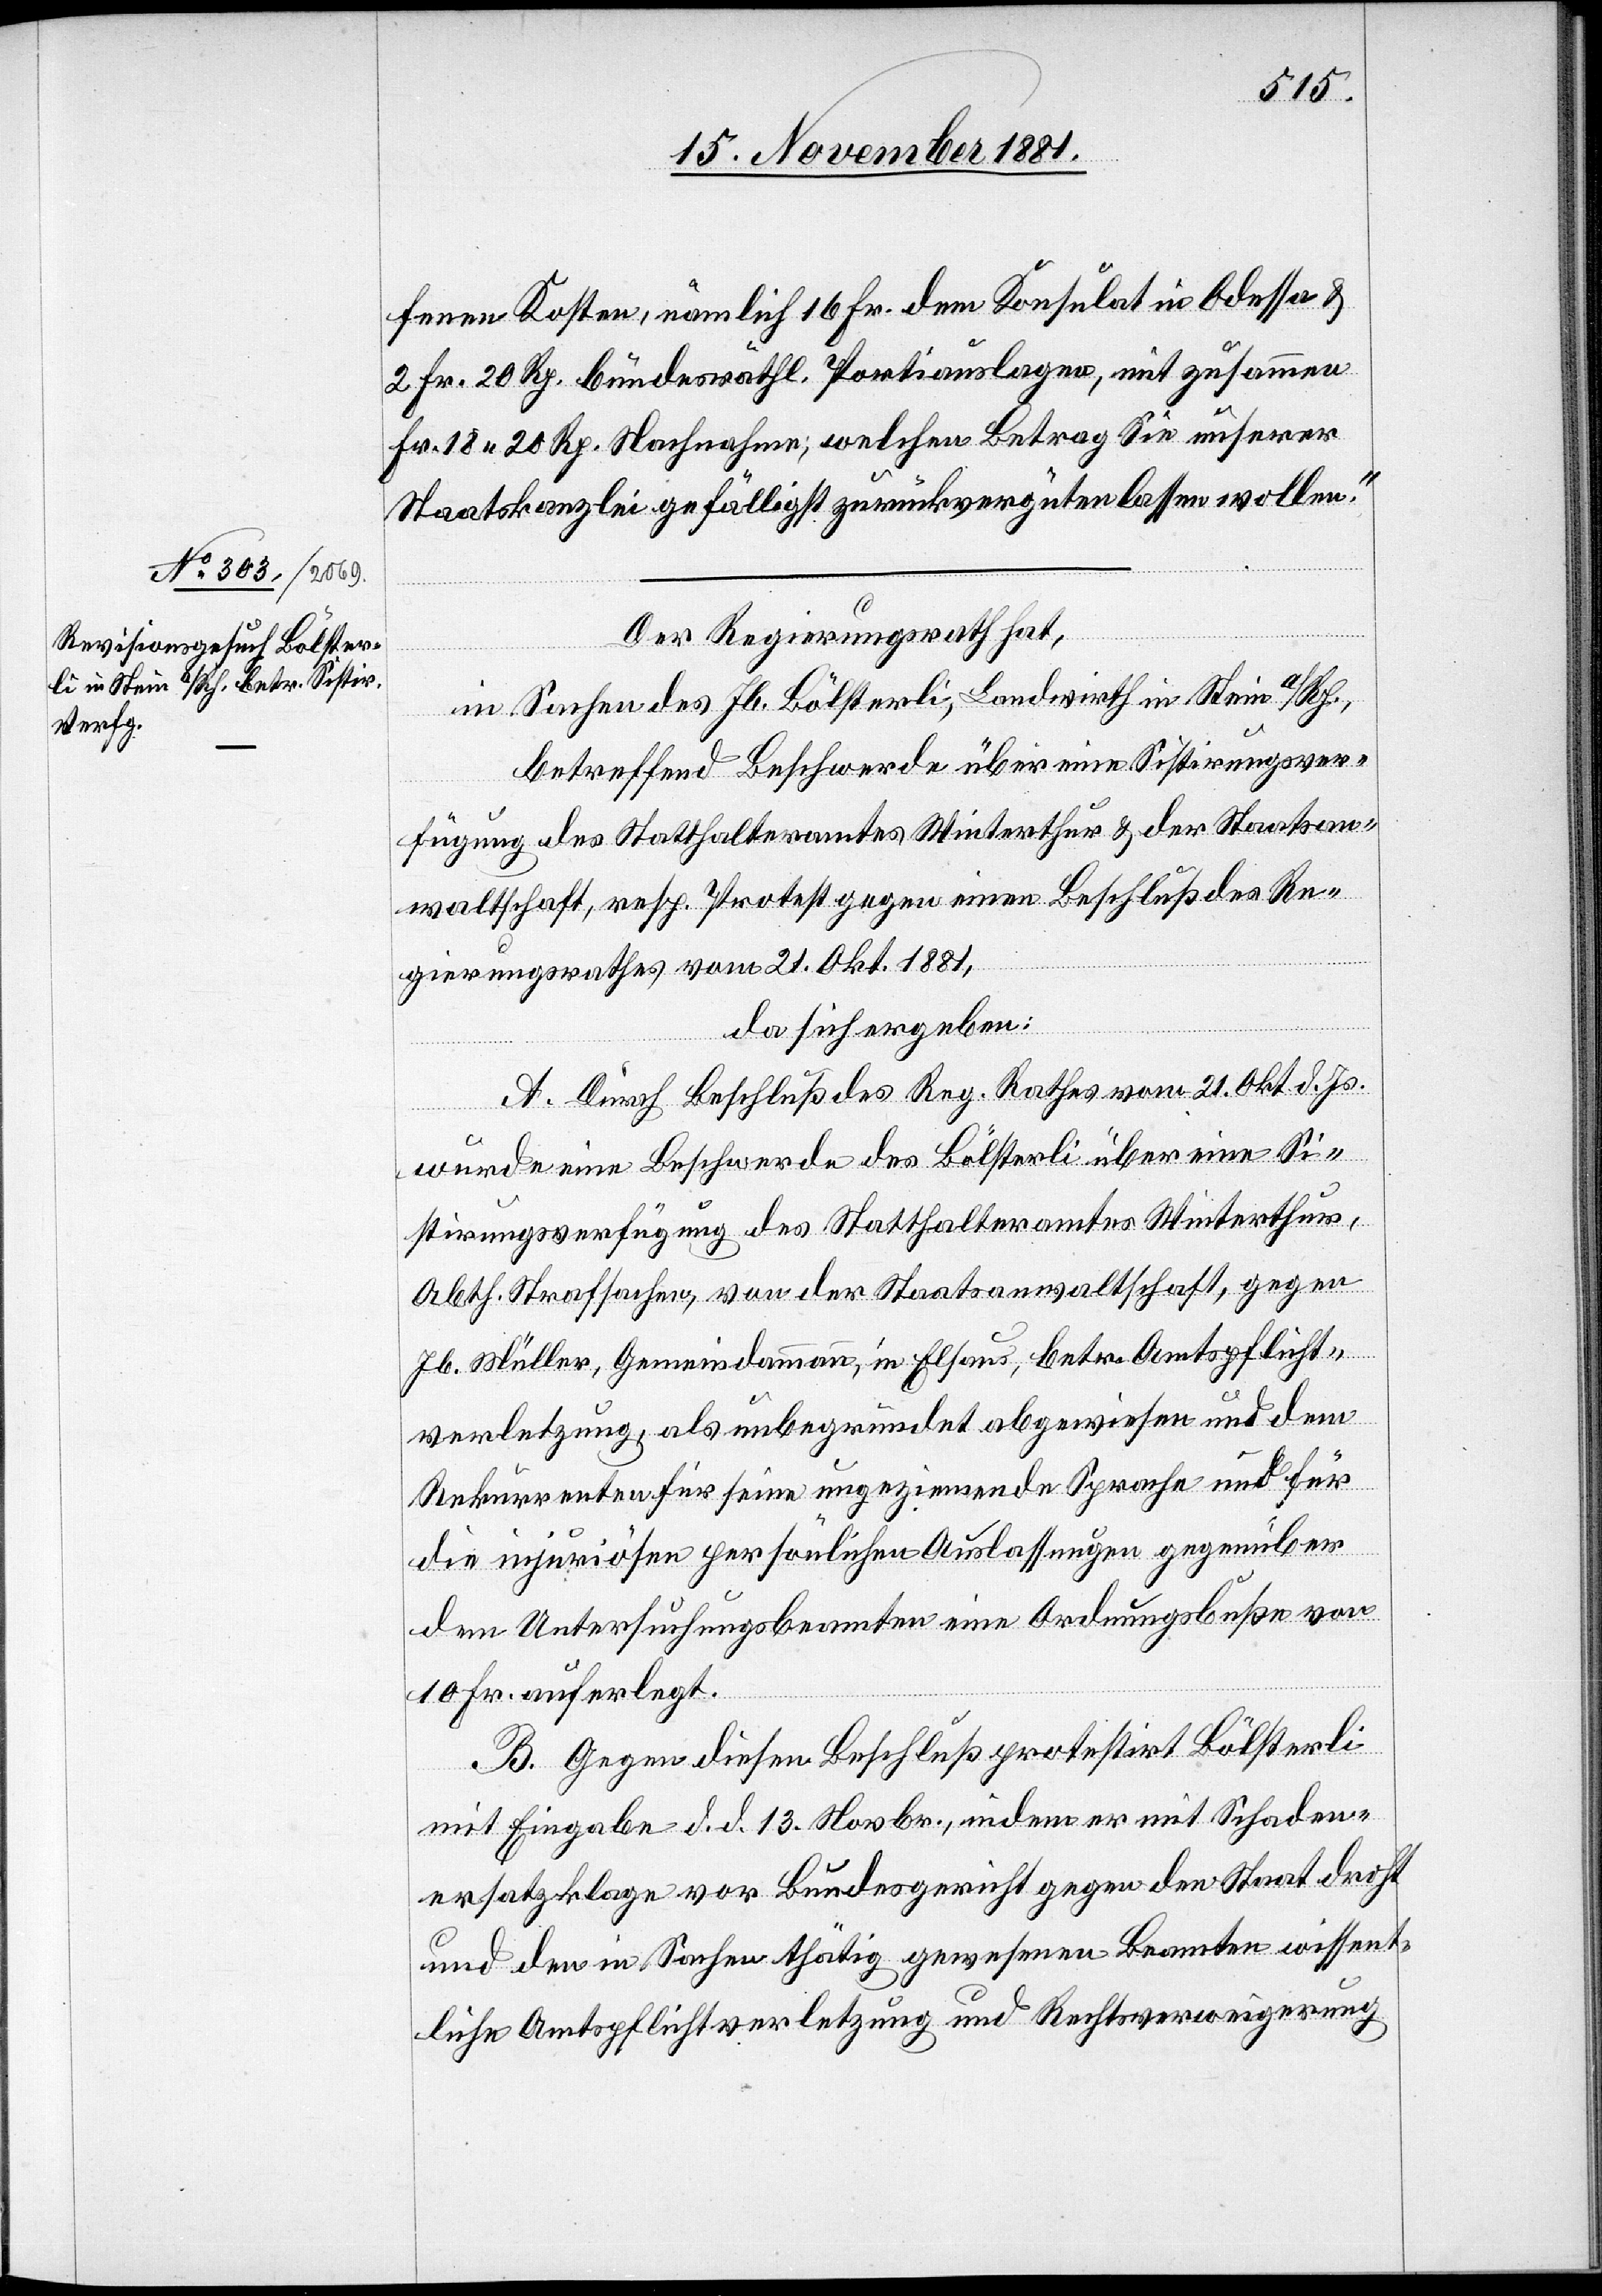
fenen Kosten, nämlich 16 Fr. dem Konsulat in Odessa &
Fr. 20 Rp. Nachnahme; welchen Betrag Sie unserer
Staatskanzlei gefälligst zurückvergüten lassen wollen.“
Der Regierungsrath hat,
in Sachen des Jb. Bölsterli, Landwirth in Stein a/Rh.,
betreffend Beschwerde über eine Sistirungsver¬
fügung des Statthalteramtes Winterthur & der Staatsan¬
waltschaft, resp. Protest gegen einen Beschluß des Re¬
gierungsrathes vom 21. Okt. 1881,
da sich ergeben:
A. Durch Beschluß des Reg. Rathes vom 21. Okt d. Js.
wurde eine Beschwerde des Bölsterli über eine Si¬
stirungsverfügung des Statthalteramtes Winterthur,
Abth. Strafsachen, von der Staatsanwaltschaft, gegen
Jb. Müller, Gemeindammann, in Elsau, betr. Amtspflicht¬
verletzung, als unbegründet abgewiesen und dem
Rekurrenten für seine ungeziemende Sprache und für
die injuriösen persönlichen Auslassungen gegenüber
dem Untersuchungsbeamten eine Ordnungsbuße von
10 Fr. auferlegt.
B. Gegen diesen Beschluß protestirt Bölsterli
mit Eingabe d. d. 13. Novbr., indem er mit Schaden¬
ersatzklage vor Bundesgericht gegen den Staat droht
und den in Sachen thätig gewesenen Beamten wissent¬
liche Amtspflichtverletzung und Rechtsverweigerung